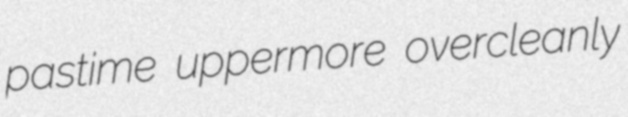
pastime uppermore overcleanly